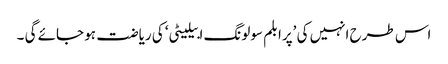
اس طرح انہیں کی ’پرابلم سولونگ ابیلیٹی‘ کی ریاضت ہو جائے گی ۔